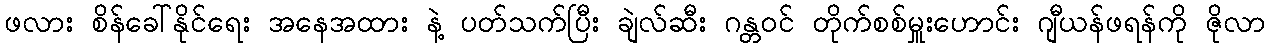
ဖလား စိန်ခေါ်နိုင်ရေး အနေအထား နဲ့ ပတ်သက်ပြီး ချဲလ်ဆီး ဂန္တဝင် တိုက်စစ်မှူးဟောင်း ဂျီယန်ဖရန်ကို ဇိုလာ